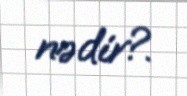
nədir?.